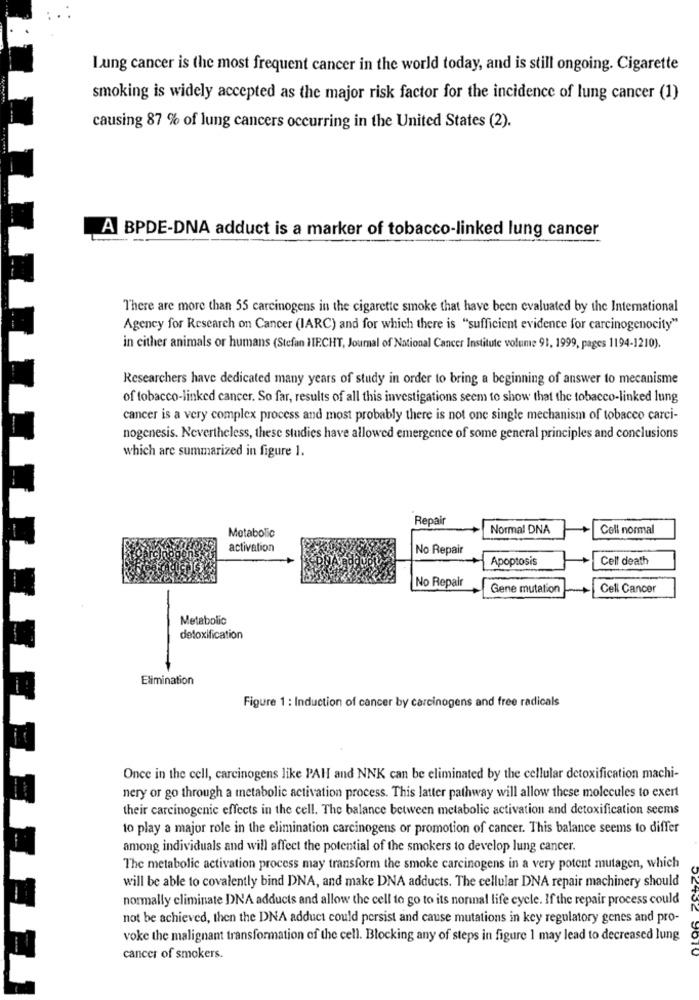
Lung cancer is the most frequent cancer in the world today, and is still ongoing. Cigarette
smoking is widely accepted as the major risk factor for the incidence of lung cancer (1)
causing 87 % of lung cancers occurring in the United States (2).
A BPDE-DNA adduct is a marker of tobacco-linked lung cancer
There are more than 55 carcinogens in the cigarette smoke that have been evaluated by the International
Agency for Research on Cancer (IARC) and for which there is "sufficient evidence for carcinogenocity"
in cither animals or humans (Stefan HIP.CHT, Journal of National Cancer Institute volume 91, 1999, pages 1194-1210).
Researchers have dedicated many years of study in order to bring a beginning of answer to mecanisme
of tobacco-linked cancer. So far, results of all this investigations seem to show that the tobacco-linked lung
cancer is a very complex process and most probably there is not one single mechanism of tobacco carci-
nogenesis. Nevertheless, these studies have allowed emergence of some general principles and conclusions
which are summarized in figure 1.
Repair
Normal DNA
Coll normal
Metabolic
activation
No Repair
Apoptosis
Cell death
No Repair
Gene mutation
Cell Cancer
Metabolic
detoxification
Elimination
Figure 1 : Induction of cancer by carcinogens and free radicals
Once in the cell, carcinogens like PAH and NNK can be eliminated by the cellular detoxification machi-
nery or go through a metabolic activation process. This latter pathway will allow these molecules to exert
their carcinogenic effects in the cell. The balance between metabolic activation and detoxification seems
to play a major role in the elimination carcinogens or promotion of cancer. This balance seems to differ
among individuals and will affect the potential of the smokers to develop lung cancer.
The metabolic activation process may transform the smoke carcinogens in a very potent mutagen, which
will be able to covalently bind DNA, and make DNA adducts. The cellular DNA repair machinery should
normally eliminate DNA adducts and allow the cell to go to its normal life cycle. If the repair process could
12432
not be achieved, then the DNA adduct could persist and cause mutations in key regulatory genes and pro-
voke the malignant transformation of the cell. Blocking any of steps in figure 1 may lead to decreased lung
9OTO
cancer of smokers.